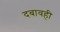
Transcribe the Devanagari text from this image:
दबावही